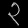
Digit: ၃